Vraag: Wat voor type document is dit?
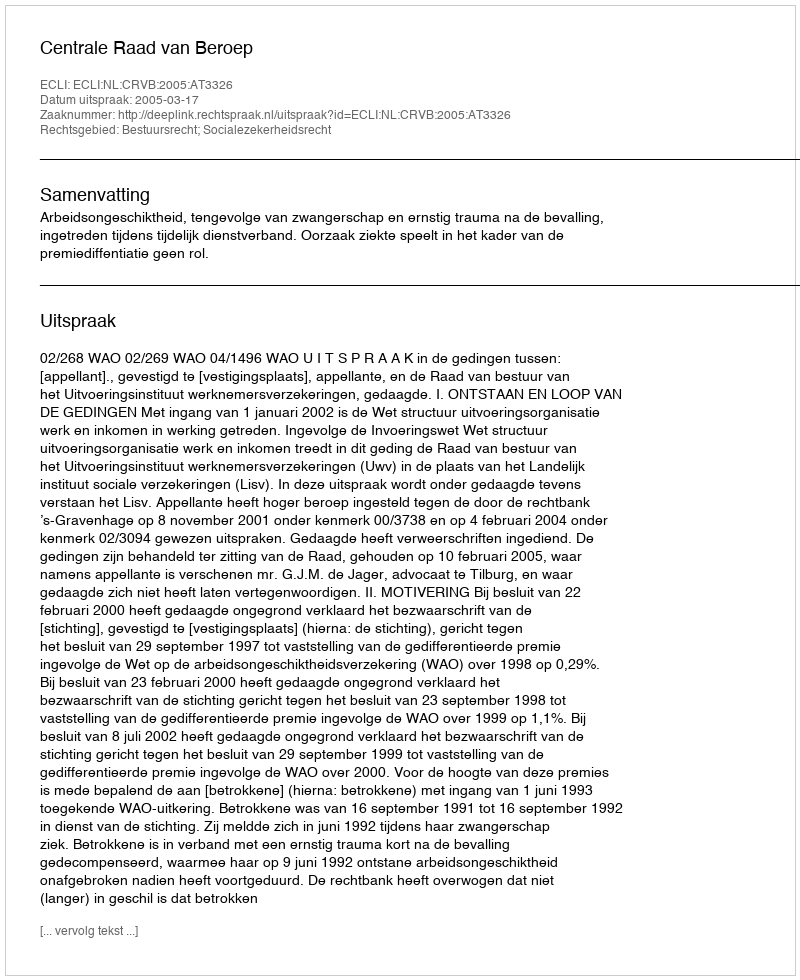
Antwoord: Uitspraak